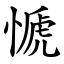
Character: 㥴